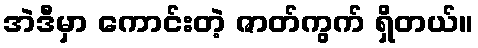
အဲဒီမှာ ကောင်းတဲ့ ဇာတ်ကွက် ရှိတယ်။